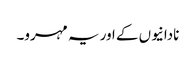
نادانیوں کے اور یہ مہرو۔